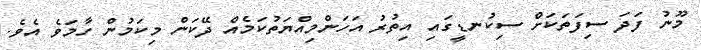
މޫނު ފަދަ ސިފަތަކަށް ސިކުނޑީގައި އިތުރު އަހަންމިއްޔަތުކަމެއް ދޭކަން މިކަމުން ހާމަވެ އެވެ.